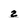
Character: z